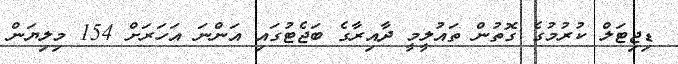
ޑިޖިޓަލް ކުރުމުގެ ގޮތުން ތައުލީމީ ދާއިރާގެ ބަޖެޓުގައި އަންނަ އަހަރަށް 154 މިލިޔަން